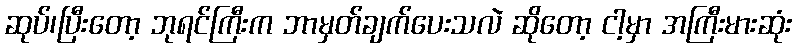
ဆုပ်၊ပြီးတော့ ဘုရင်ကြီးက ဘာမှတ်ချက်ပေးသလဲ ဆိုတော့ ငါ့မှာ အကြီးမားဆုံး